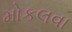
મોકલવા